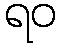
ရဝ